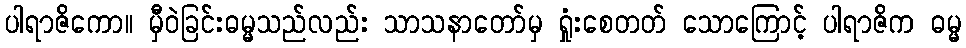
ပါရာဇိကော။ မှီဝဲခြင်းဓမ္မသည်လည်း သာသနာတော်မှ ရှုံးစေတတ် သောကြောင့် ပါရာဇိက ဓမ္မ